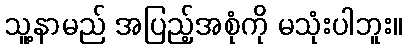
သူ့နာမည် အပြည့်အစုံကို မသုံးပါဘူး။